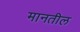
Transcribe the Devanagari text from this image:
मानतील